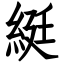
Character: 綎